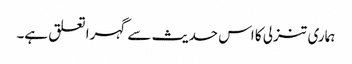
ہماری تنزلی کا اس حدیث سے گہرا تعلق ہے۔